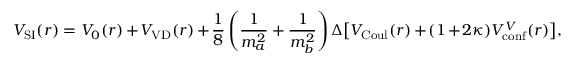
V _ { \mathrm { S I } } ( r ) = V _ { 0 } ( r ) + V _ { \mathrm { V D } } ( r ) + \frac 1 8 \left( \frac { 1 } { m _ { a } ^ { 2 } } + \frac { 1 } { m _ { b } ^ { 2 } } \right) \Delta \big [ V _ { \mathrm { C o u l } } ( r ) + ( 1 + 2 \kappa ) V _ { \mathrm { c o n f } } ^ { V } ( r ) \big ] ,